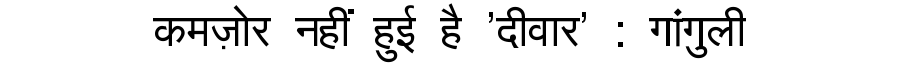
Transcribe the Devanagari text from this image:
कमज़ोर नहीं हुई है 'दीवार' : गांगुली